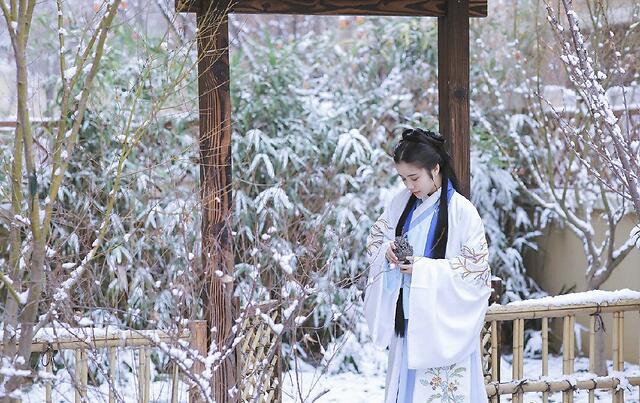
春还草阁梅先动，月满虚庭雪未消。